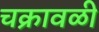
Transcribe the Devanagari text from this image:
चक्रावळी